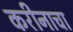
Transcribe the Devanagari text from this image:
करीनाचा